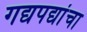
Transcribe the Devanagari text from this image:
गद्यपद्यांचा